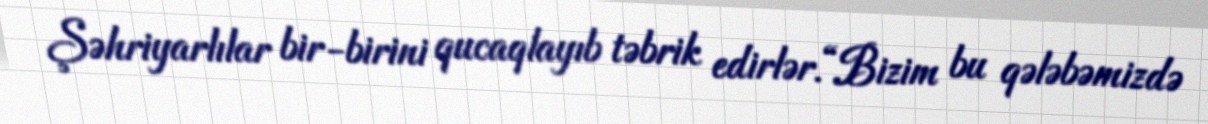
Şəhriyarlılar bir-birini qucaqlayıb təbrik edirlər.“Bizim bu qələbəmizdə